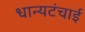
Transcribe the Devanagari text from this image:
धान्यटंचाई